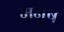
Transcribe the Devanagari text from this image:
मनुष